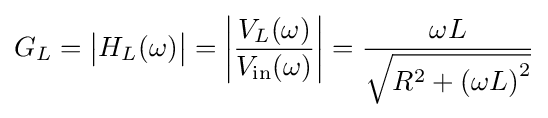
G_{L}={\big |}H_{L}(\omega ){\big |}=\left|{\frac {V_{L}(\omega )}{V_{\mathrm {in} }(\omega )}}\right|={\frac {\omega L}{\sqrt {R^{2}+\left(\omega L\right)^{2}}}}